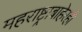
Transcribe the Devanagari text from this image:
महराष्ट्राबाहेरही